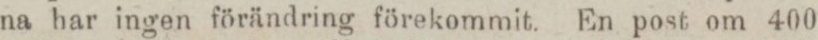
na har ingen förändring förekommit. En post om 400